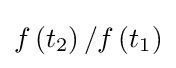
f\left(t_{2}\right)/f\left(t_{1}\right)